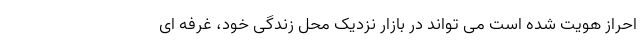
احراز هویت شده است می تواند در بازار نزدیک محل زندگی خود، غرفه ای